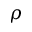
\rho